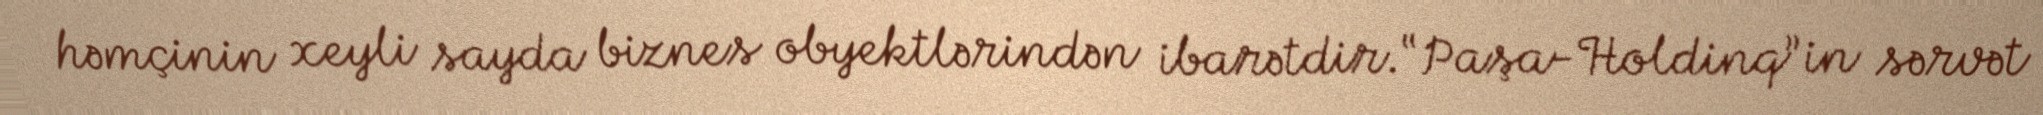
həmçinin xeyli sayda biznes obyektlərindən ibarətdir.“Paşa-Holdinq”in sərvət